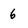
Character: 6